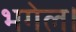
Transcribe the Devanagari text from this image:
भगेल।